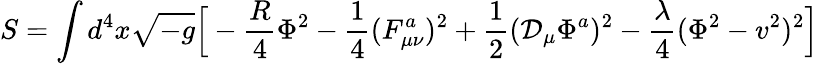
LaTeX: S=\int d^{4}x\sqrt{-g}\Big[-{\frac{R}{4}}\Phi^{2}-{\frac{1}{4}}(F_{\mu\nu}^{a})^{2}+{\frac{1}{2}}({\cal D}_{\mu}\Phi^{a})^{2}-{\frac{\lambda}{4}}(\Phi^{2}-v^{2})^{2}\Big]